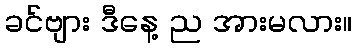
ခင်ဗျား ဒီနေ့ ည အားမလား။